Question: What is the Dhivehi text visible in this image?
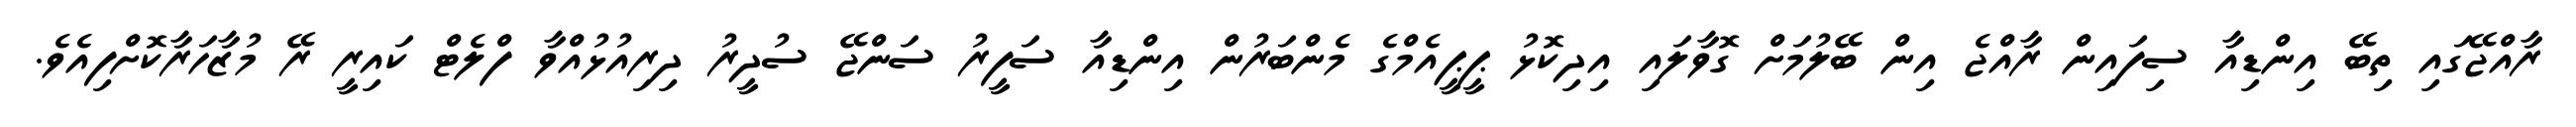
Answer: ރާއްޖޭގައި ތިބޭ އިންޑިއާ ސިފައިން ރާއްޖެ އިން ބޭލުމަށް ގޮވާލައި އިދިކޮޅު ޕީޕީއެމްގެ މެންބަރުން އިންޑިއާ ސަފީރު ސަންޖޭ ސުދީރު ދިރިއުޅުއްވާ ފްލެޓް ކައިރީ ރޭ މުޒާހަރާކޮށްފިއެވެ.